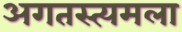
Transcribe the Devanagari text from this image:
अगतस्त्यमला